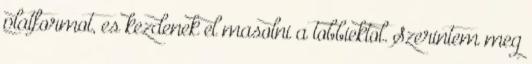
platformot, es kezdenek el masolni a tobbiektol. Szerintem meg